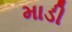
માડી